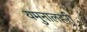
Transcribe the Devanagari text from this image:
यमुनालहरी